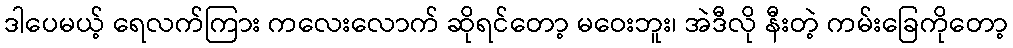
ဒါပေမယ့် ရေလက်ကြား ကလေးလောက် ဆိုရင်တော့ မဝေးဘူး၊ အဲဒီလို နီးတဲ့ ကမ်းခြေကိုတော့